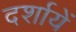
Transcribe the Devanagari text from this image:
दर्शायें